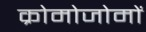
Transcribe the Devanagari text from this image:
क्रोमोजोमों